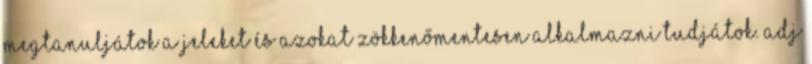
megtanuljátok a jeleket és azokat zökkenőmentesen alkalmazni tudjátok. Adj